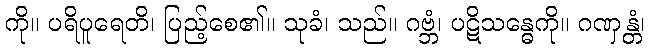
ကို။ ပရိပူရေတိ၊ ပြည့်စေ၏။ သုခံ၊ သည်။ ဂဗ္ဘံ၊ ပဋိသန္ဓေကို။ ဂဏှန္တံ၊